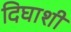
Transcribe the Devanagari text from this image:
दिघाशी